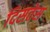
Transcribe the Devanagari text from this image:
दिसतेस